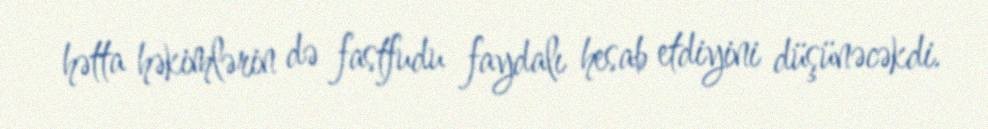
hətta həkimlərin də fastfudu faydalı hesab etdiyini düşünəcəkdi.